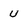
Character: U